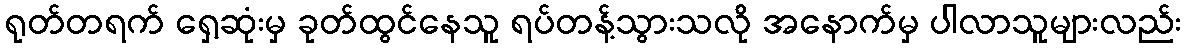
ရုတ်တရက် ရှေ့ဆုံးမှ ခုတ်ထွင်နေသူ ရပ်တန့်သွားသလို အနောက်မှ ပါလာသူများလည်း